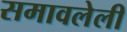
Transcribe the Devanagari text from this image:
समावलेली